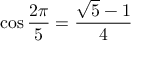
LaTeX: \cos { \frac { 2 \pi } { 5 } } = { \frac { { \sqrt { 5 } } - 1 } { 4 } }